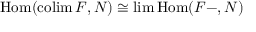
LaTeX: \operatorname { H o m } ( \operatorname { c o l i m } F , N ) \cong \operatorname* { l i m } \operatorname { H o m } ( F - , N )